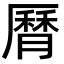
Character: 𦠓